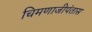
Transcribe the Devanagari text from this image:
चिमणाजीपंतास